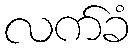
လက်ခံ